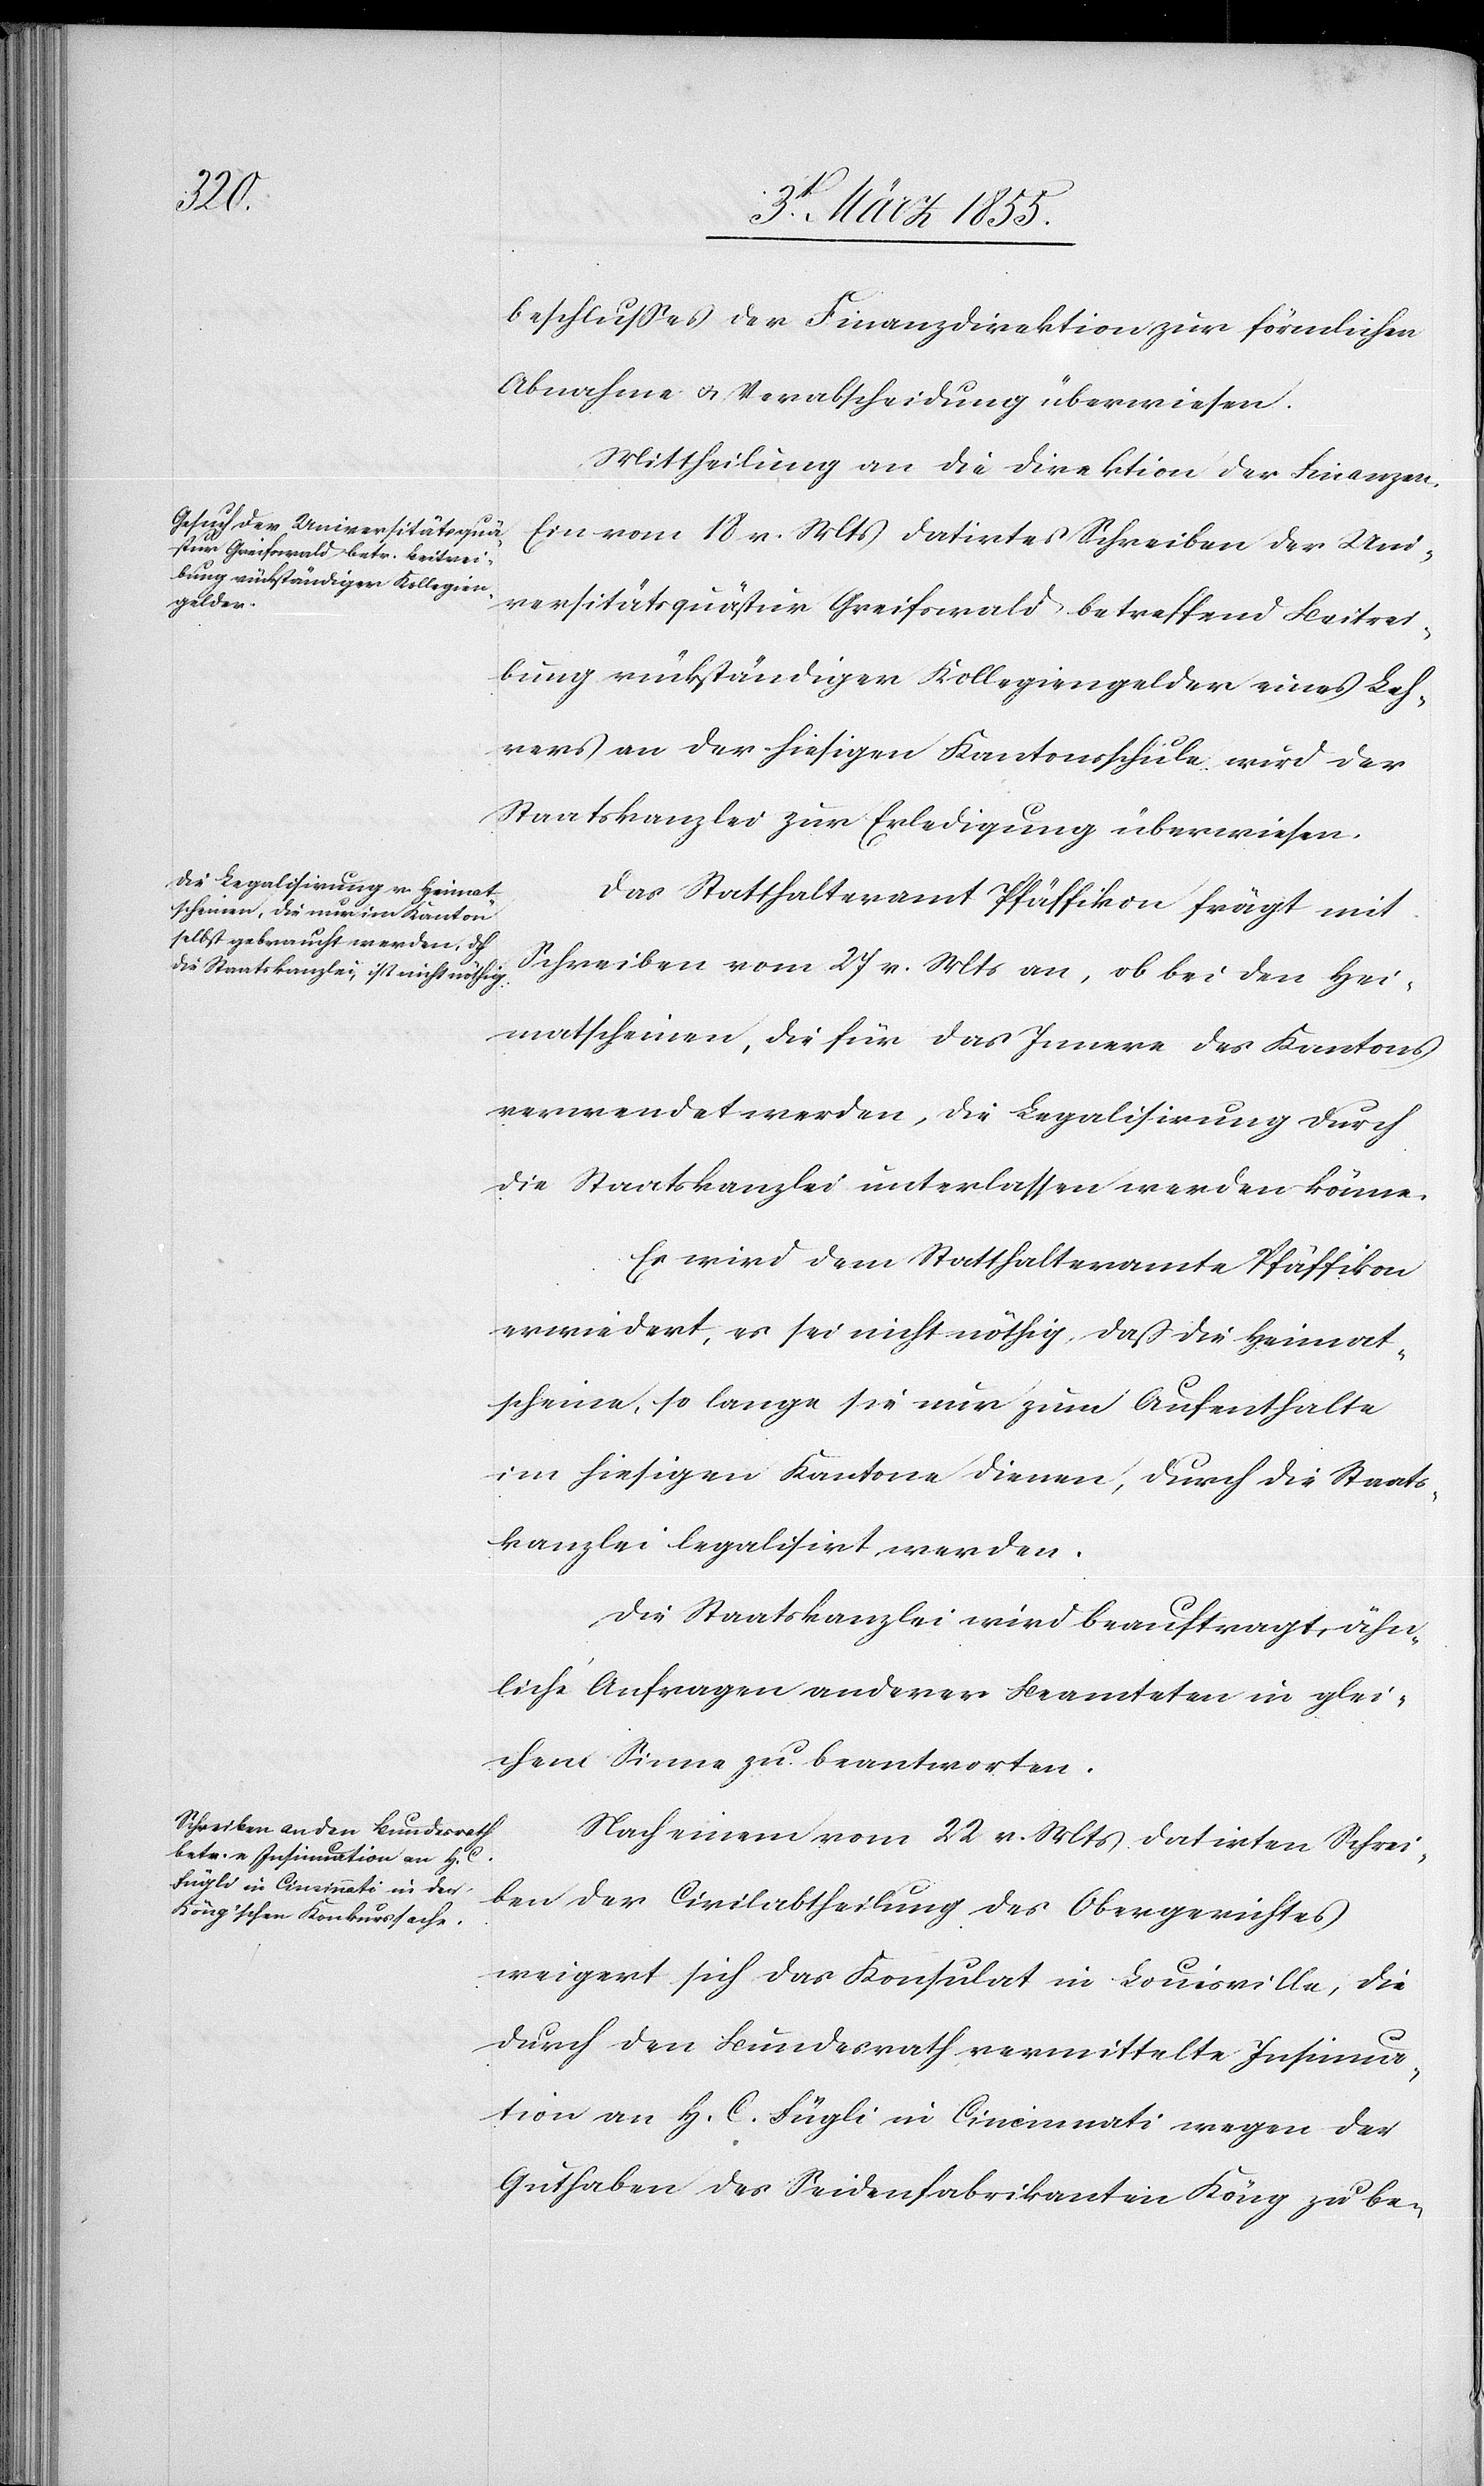
beschlusses [sic!] der Finanzdirektion zur förmlichen
Abnahme & Verabscheidung überwiesen.
Ein vom 18 v. Mts datirtes Schreiben der Uni¬
versitätsquästur Greifswald betreffend Beitrei¬
bung rückständiger Kollegiengelder eines Leh¬
rers an der hiesigen Kantonsschule wird der
Staatskanzlei zur Erledigung überwiesen.
Das Statthalteramt Pfäffikon frägt mit
Schreiben vom 27 v. Mts an, ob bei den Hei¬
matscheinen, die für das Innere des Kantons
verwendet werden, die Legalisirung durch
die Staatskanzlei unterlassen werden könne.
Es wird dem Statthalteramte Pfäffikon
erwiedert, es sei nicht nöthig, daß die Heimat¬
scheine, so lange sie nur zum Aufenthalte
im hiesigen Kantone dienen, durch die Staats¬
kanzlei legalisirt werden.
Die Staatskanzlei wird beauftragt, ähn¬
liche Anfragen anderer Beamteten in glei¬
chem Sinne zu beantworten.
Nach einem vom 22 v. Mts datirten Schrei¬
ben der Civilabtheilung des Obergerichtes
weigert sich das Konsulat in Louisville, die
durch den Bundesrath vermittelte Insinua¬
tion an H. C. Fügli in Cincinnati wegen der
Guthaben des Seidenfabrikanten Köng zu be-